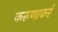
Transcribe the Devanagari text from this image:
करुणाकरं